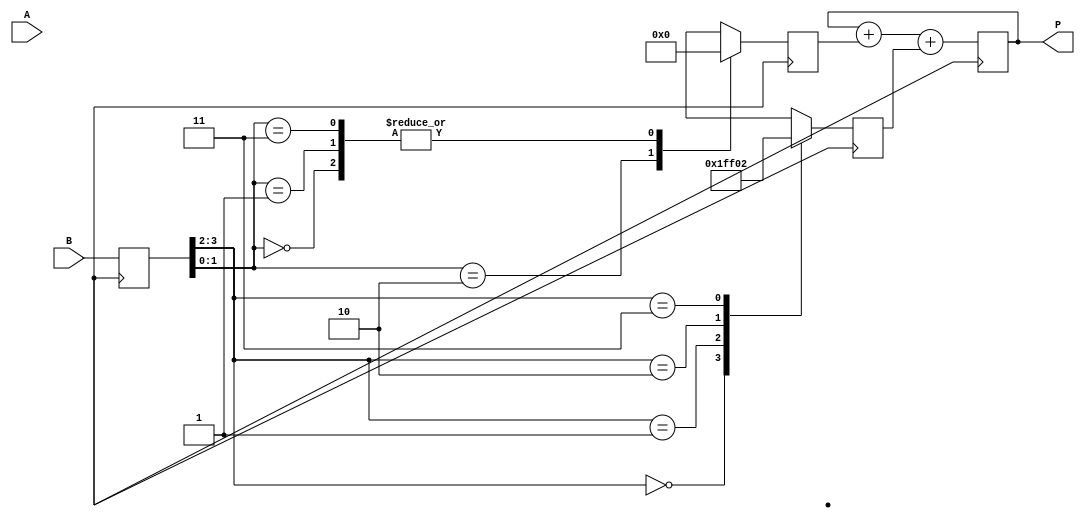
module radix4_multiplier #(parameter N = 4) (
    input [(N-1):0] A,  // multiplicand
    input [(N-1):0] B,  // multiplier
    output [(2*N-1):0] P // product
);
    wire [2*N-1:0] pp[0:(N+1)];   // Partial products
    reg [N-1:0] B_reg;              // B register for shifting
    reg [N-1:0] B_next;             // Next B for control logic
    reg [1:0] Booth_pair;           // Booth's pair from multiplier bits
    reg [2*N-1:0] current_product;  // Current accumulation
    reg [N:0] count;                // Counter for bit pairs
    
    assign P = current_product;

    // Partial product generation
    always @(posedge clk) begin
        B_reg <= B; // Register to hold B
        count <= 0; // Initialize count

        // Encoding using Booth's Algorithm
        for (count = 0; count < N / 2; count = count + 1) begin
            Booth_pair = {B_reg[2*count+1], B_reg[2*count]};
            case (Booth_pair)
                2'b00: pp[count] = 0;                   // 0
                2'b01: pp[count] = {A, count};          // A
                2'b10: pp[count] = ~{A, count} + 1;     // -A
                2'b11: pp[count] = {A, count} << 1;     // 2A
            endcase
        end
    end

    // Accumulate partial products
    always @(posedge clk) begin
        current_product <= 0; // Reset the current product
        for (count = 0; count < (N / 2); count = count + 1) begin
            current_product = current_product + pp[count];
        end
    end

endmodule